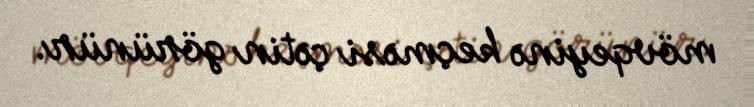
mövqeyinə keçməsi çətin görünür.